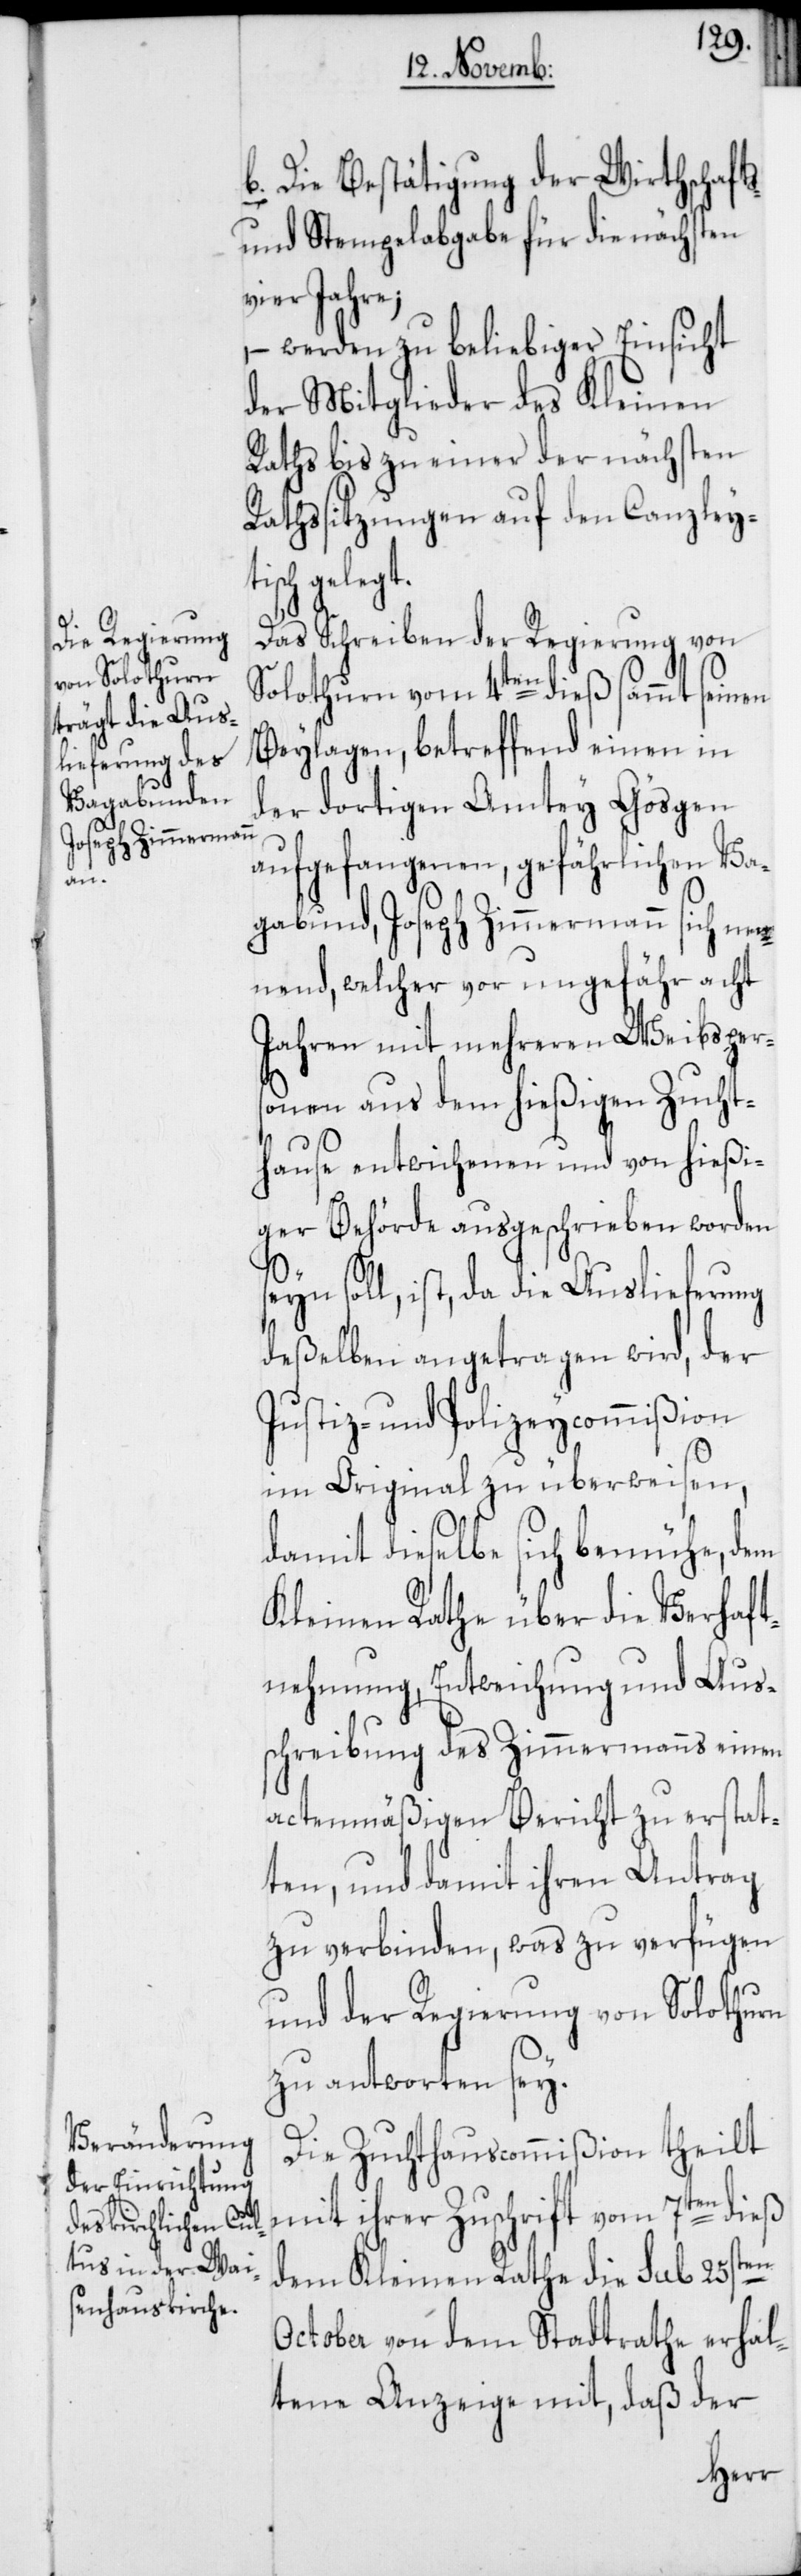
Die Bestätigung der Wirthschafts-
und Stempelabgabe für die nächsten
vier Jahre;
– werden zu beliebiger Einsicht
der Mitglieder des Kleinen
Raths bis zu einer der nächsten
Rathssitzungen auf den Canzleyti¬
sch gelegt.
Das Schreiben der Regierung von
Solothurn vom 4ten dieß sammt seinen
Beylaagen, betreffend einen in
der dortigen Amtey Gösgen
aufgefangenen, gefährlichen Va¬
gabund, Joseph Zimmermann sich nen¬
nend, welcher vor ungefähr acht
Jahren mit mehreren Weibsper¬
sonen aus dem hießigen Zucht¬
hause entwichenen und von hießi¬
ger Behörde ausgeschrieben worden
seyn soll, ist, da die Auslieferung
deßelben angetragen wird, der
Justiz- und Polizeycommißion
im Original zu überweisen,
damit dieselbe sich bemühe, dem
Kleinen Rathe über die Verhaft¬
nehmung, Entweichung und Aus¬
schreibung des Zimmermanns einen
actenmäßigen Bericht zu erstat¬
ten, und damit ihren Antrag
zu verbinden, was zu verfügen
und der Regierung von Solothurn
zu antworten sey.
Die Zuchthauscommißion theilt
mit ihrer Zuschrift vom 7ten dieß
dem Kleinen Rathe die sub 25sten
October von dem Stadtrathe erhal¬
tene Anzeige mit, daß der